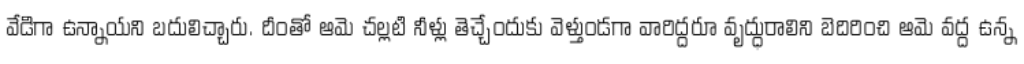
వేడిగా ఉన్నాయని బదులిచ్చారు. దీంతో ఆమె చల్లటి నీళ్లు తెచ్చేందుకు వెళ్తుండగా వారిద్దరూ వృద్ధురాలిని బెదిరించి ఆమె వద్ద ఉన్న